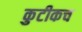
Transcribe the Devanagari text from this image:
कुटीकच